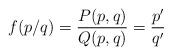
LaTeX: \begin{align*}f(p/q)= \frac{P(p,q)}{Q(p,q)}=\frac{p^{\prime}}{q^{\prime}}\end{align*}